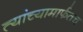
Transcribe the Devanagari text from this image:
त्यांच्यामार्फतच